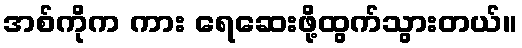
အစ်ကိုက ကား ရေဆေးဖို့ထွက်သွားတယ်။